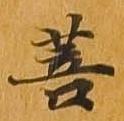
菩